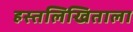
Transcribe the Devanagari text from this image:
हस्तलिखिताला